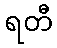
ရတီ